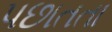
પછાતતા